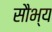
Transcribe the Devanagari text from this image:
सौभ्य